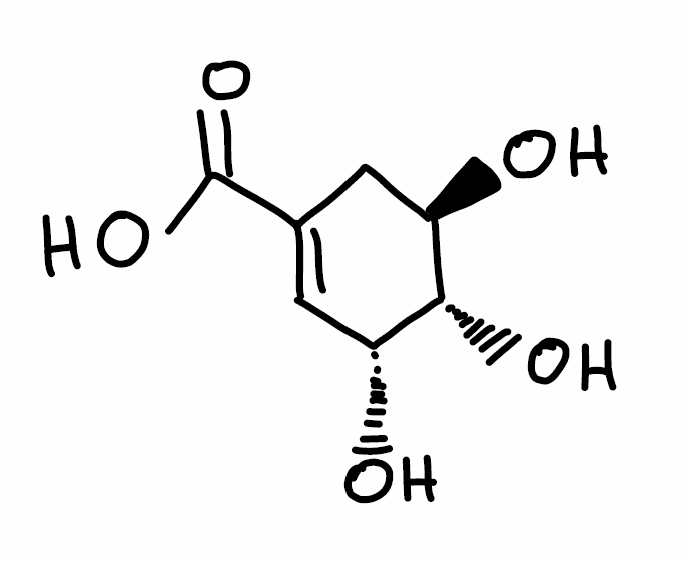
Simplified molecular-input line-entry system (SMILES) notation of the given molecule:
C1[C@H]([C@@H]([C@@H](C=C1C(=O)O)O)O)O